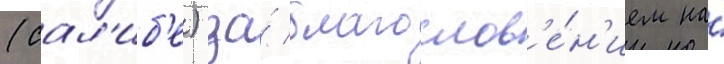
(сал'иб'е) за́ благослов'е́н'ием на́